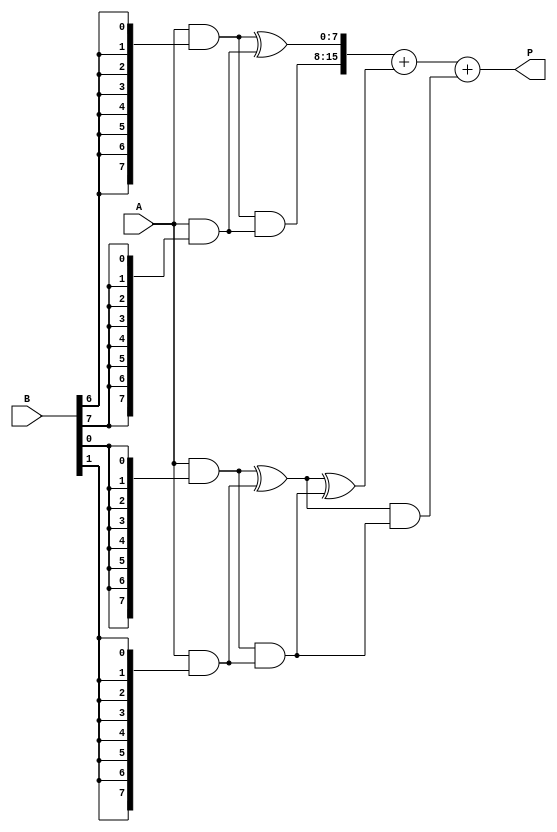
module wallace_tree_multiplier #(parameter N = 8) (
    input  wire [N-1:0] A,
    input  wire [N-1:0] B,
    output wire [2*N-1:0] P
);

// Generate partial products
wire [N-1:0] pp [0:N-1]; // Partial products

genvar i, j;
generate
    for (i = 0; i < N; i = i + 1) begin : partial_product_gen
        assign pp[i] = A & {N{B[i]}};
    end
endgenerate

// Carry-Save Adder
wire [N-1:0] sum [0:N-1];
wire [N-1:0] carry [0:N-1];

// First stage of CSAs
generate
    for (i = 0; i < N-1; i = i + 1) begin : CSA_stage_1
        if (i % 2 == 0) begin
            assign sum[i] = pp[i] ^ pp[i + 1];
            assign carry[i] = pp[i] & pp[i + 1];
        end
    end
endgenerate

// Second stage of CSAs
generate
    for (i = 0; i < (N-1)/2; i = i + 1) begin : CSA_stage_2
        if (i % 2 == 0) begin
            assign sum[N-1+i] = sum[i] ^ carry[i];
            assign carry[N-1+i] = sum[i] & carry[i];
        end
    end
endgenerate

// Final addition
wire [2*N-1:0] final_sum;
wire [2*N-1:0] final_carry;

assign final_sum = {carry[N-2], sum[N-2]} + {1'b0, sum[N-1]} + {1'b0, carry[N-1]};

// Assign final product
assign P = final_sum;

endmodule